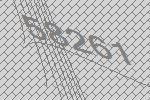
58261